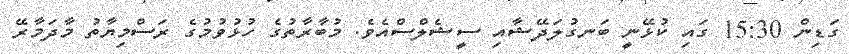
ގަޑިން 15:30 ގައި ކުޅޭނީ ބަނގުލަދޭޝާއި ސީޝެލްސްއެވެ. މުބާރާތުގެ ހުޅުވުމުގެ ރަސްމިޔާތު މާދަމާރޭ